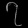
Digit: ၇